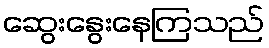
ဆွေးနွေးနေကြသည်